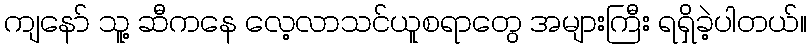
ကျနော် သူ့ ဆီကနေ လေ့လာသင်ယူစရာတွေ အများကြီး ရရှိခဲ့ပါတယ်။